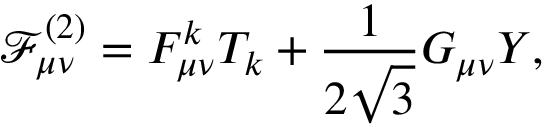
{ \mathcal { F } } _ { \mu \nu } ^ { ( 2 ) } = F _ { \mu \nu } ^ { k } T _ { k } + \frac { 1 } { 2 \sqrt { 3 } } G _ { \mu \nu } Y ,